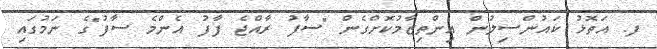
ފ. އަތޮޅު ކައުންސިލުން އިންތިޒާމުކޮށްގެން "ސާފު ރާއްޖެ ފާފު އެންމެ ސާފު"ގެ ނަމުގައި